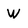
Character: W